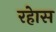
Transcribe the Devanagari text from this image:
रहेास